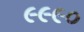
૯૯૯૦